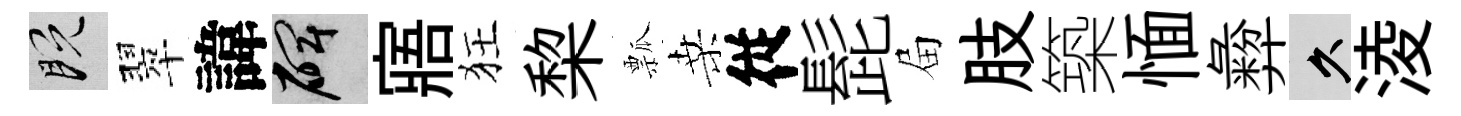
既翠諱碑寤狂棃瓢桑従髭屇肢築愐彜久淩